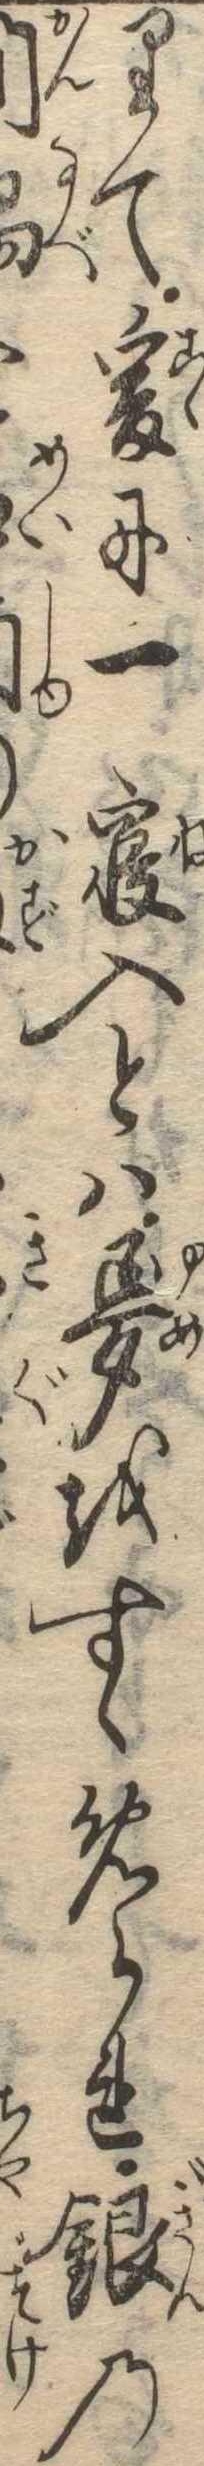
りて爰に一寝入とは夢をすゝめられ銀の